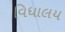
વિધાલય